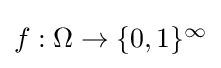
\textstyle f:\Omega \to \{0,1\}^{\infty }